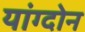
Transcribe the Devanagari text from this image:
यांग्दोन